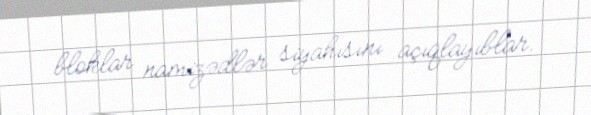
bloklar namizədlər siyahısını açıqlayıblar.